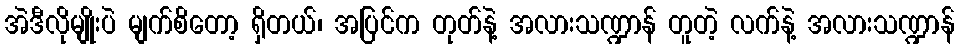
အဲဒီလိုမျိုးပဲ မျက်စိတော့ ရှိတယ်၊ အပြင်က တုတ်နဲ့ အလားသဏ္ဍာန် တူတဲ့ လက်နဲ့ အလားသဏ္ဍာန်